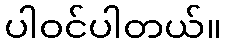
ပါဝင်ပါတယ်။